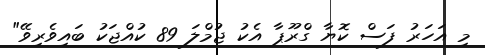
މި އަހަރު ފަސް ކޮޔާ ގްރޫޕާ އެކު ޖުމްލަ 89 ކުއްޖަކު ބައިވެރިވޭ"